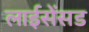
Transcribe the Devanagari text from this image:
लाईसेंसड